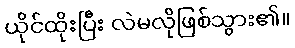
ယိုင်ထိုးပြီး လဲမလိုဖြစ်သွား၏။